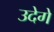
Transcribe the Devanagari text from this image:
उदेगे